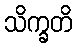
သိက္ခတိ